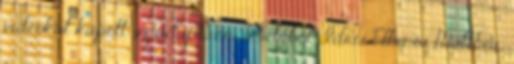
videókat kapott az adaptáció, amelyből Idris Elba és Matthew,